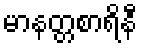
မာနတ္တစာရိနီ